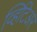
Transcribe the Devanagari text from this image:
व्हिटिअर